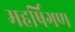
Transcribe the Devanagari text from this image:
महर्षिगण